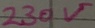
Text: 230V